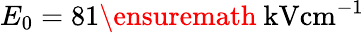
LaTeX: E_{0}=81\ensuremath{~\mathrm{kV}\mathrm{cm}^{-1}}